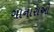
ગાનારાઓ